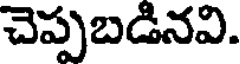
చెప్పబడినవి.